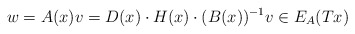
\begin{align*}w=A(x)v=D(x)\cdot H(x)\cdot (B(x))\sp{-1}v\in E_A(Tx)\end{align*}